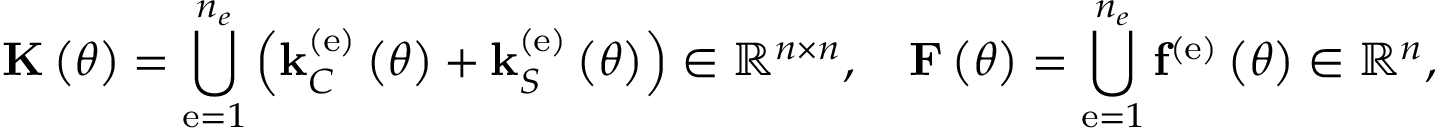
{ \bf K } \left( \theta \right) = \bigcup _ { \mathrm { e } = 1 } ^ { n _ { e } } \left( { \bf k } _ { C } ^ { \left( \mathrm { e } \right) } \left( \theta \right) + { \bf k } _ { S } ^ { \left( \mathrm { e } \right) } \left( \theta \right) \right) \in \mathbb { R } ^ { n \times n } , \quad { \bf F } \left( \theta \right) = \bigcup _ { \mathrm { e } = 1 } ^ { n _ { e } } { \bf f } ^ { \left( \mathrm { e } \right) } \left( \theta \right) \in \mathbb { R } ^ { n } ,